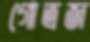
গোত্রজ